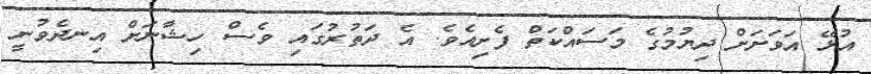
އުޅޭ އަވަށަށް ދިޔުމުގެ މަސައްކަތް ފެށިއެވެ. އެ ދަތުރުގައި ވެސް ހިޝާނަށް އިނދެވުނީ